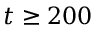
t \geq 2 0 0